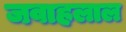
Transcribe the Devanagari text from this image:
जवाहलाल